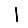
Digit: 1